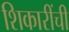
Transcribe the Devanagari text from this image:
शिकारींची